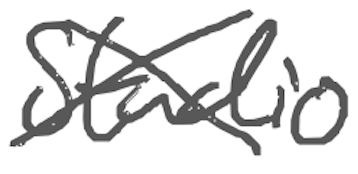
Text: Studio
Cross-out: cross
Writing tool: digital_gray